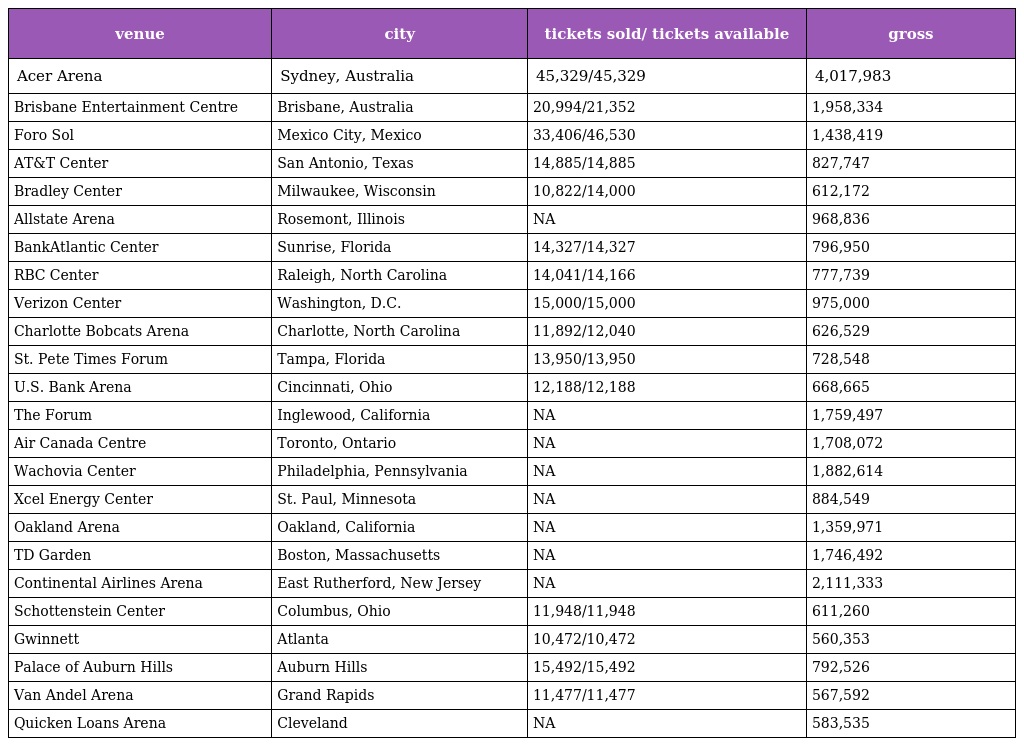
| venue | city | tickets sold/ tickets available | gross |
 | --- | --- | --- | --- |
 | Acer Arena | Sydney, Australia | 45,329/45,329 | 4,017,983 |
 | Brisbane Entertainment Centre | Brisbane, Australia | 20,994/21,352 | 1,958,334 |
 | Foro Sol | Mexico City, Mexico | 33,406/46,530 | 1,438,419 |
 | AT&T Center | San Antonio, Texas | 14,885/14,885 | 827,747 |
 | Bradley Center | Milwaukee, Wisconsin | 10,822/14,000 | 612,172 |
 | Allstate Arena | Rosemont, Illinois | NA | 968,836 |
 | BankAtlantic Center | Sunrise, Florida | 14,327/14,327 | 796,950 |
 | RBC Center | Raleigh, North Carolina | 14,041/14,166 | 777,739 |
 | Verizon Center | Washington, D.C. | 15,000/15,000 | 975,000 |
 | Charlotte Bobcats Arena | Charlotte, North Carolina | 11,892/12,040 | 626,529 |
 | St. Pete Times Forum | Tampa, Florida | 13,950/13,950 | 728,548 |
 | U.S. Bank Arena | Cincinnati, Ohio | 12,188/12,188 | 668,665 |
 | The Forum | Inglewood, California | NA | 1,759,497 |
 | Air Canada Centre | Toronto, Ontario | NA | 1,708,072 |
 | Wachovia Center | Philadelphia, Pennsylvania | NA | 1,882,614 |
 | Xcel Energy Center | St. Paul, Minnesota | NA | 884,549 |
 | Oakland Arena | Oakland, California | NA | 1,359,971 |
 | TD Garden | Boston, Massachusetts | NA | 1,746,492 |
 | Continental Airlines Arena | East Rutherford, New Jersey | NA | 2,111,333 |
 | Schottenstein Center | Columbus, Ohio | 11,948/11,948 | 611,260 |
 | Gwinnett | Atlanta | 10,472/10,472 | 560,353 |
 | Palace of Auburn Hills | Auburn Hills | 15,492/15,492 | 792,526 |
 | Van Andel Arena | Grand Rapids | 11,477/11,477 | 567,592 |
 | Quicken Loans Arena | Cleveland | NA | 583,535 |